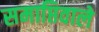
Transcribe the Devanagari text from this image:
समाप्तिवाले